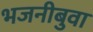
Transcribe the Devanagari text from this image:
भजनीबुवा